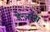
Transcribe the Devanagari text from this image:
डेन्जरस